Statistical return of the lunatic asylum in Assam - 1912-1932
Year: 1912
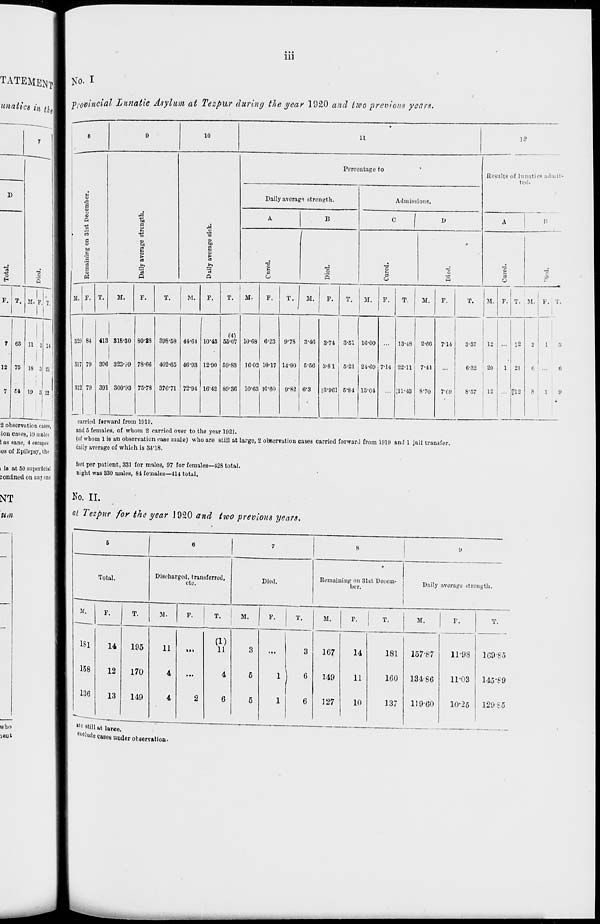
• • •
111
TATEMEJJI >
T°- l
m provincial Lunatic Asylum at Tea bur during the year 1920 and two previous years,
unaiics in tk(^*
2 observation eaEP.i,
ion cases, 10 males
1 as sane, 4 escapes
>es of Epilepsy, the
i is at 50 superficial
confined on any one
e
9
10
11
12
Percentage to
Results of lunatics admit-
H
ted.
Daily average strength.
Admissions.
A
|
-
/
p
■g
to
A
B
C 1 D
A
B
31st
a
M
a
0
O
to
o
to
♦
M
C
'3
1
o
>
3
^.
P-.
"2
-o
•a
■3
'a
■3
1
a
0
S
s
•E
M. F. T.
M.
F.
T.
M.
F.
T.
M.
F.
T.
M.
F.
T.
M.
F.
T.
M.
F.
T.
M. F. T. M. F. j T.
329 8-1 41! 316-30
1
80-23 398-58 44-64 10-48
(4)
55-07 10-68 6-23 9-78 3-40 3-74 3-51 16-00
13-48 2-66 7-14
3-37
12 ... 12 2
1
3
317 79 30(
1
I 323-39 78-06 402-05 4693 12-90 59-83 16-02 10-17 14-90 5-56 3-81 5-21 24-69 7-14 22-11 7-41
6-32
1
20
1 21
6
6
312 79 39 1 300-93 75-78 370-71 72-94 16-42 89-36 10-63 |0-60 9-82 6-3
[3-901 5-84 13-04
:n-43 8-70
7'69
8-57
-
512 8
1
9
carried forward from 1919.
and 5 females, of whom 2 carried over to the year 1921.
(of whom 1 is an observation case male) who are still at large, 2 observation cases carried forward from 1919 and 1 jail transfer.
daily average of which is 34-18.
feet per patient, 331 for males, 97 for females—428 total,
night was 330 males, 84 females—414 total.
No, II.
at Tezpur for the year J 920 and two previous years.
Total.
Discharged, transferred,
etc.
T.
M.
Died.
Remaining on 31st Decem-
ber.
Daily average strength.
181
158
14
12
136
13
195
170
119
11
4
4
T.
M.
F.
T.
M.
F.
!
.,
M.
F.
T.
(1)
11
3
...
3
167
14
181
157-87
11-98 169-85
4
5
1
6
1
149
11
1G0 13486
11-03
145*89
G
5
1
6
127
10
137
11960
10-25
129S5
,,c "till at lar«e.
delude cases uuUor observation.